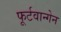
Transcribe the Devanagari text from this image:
फूर्टवान्गेन